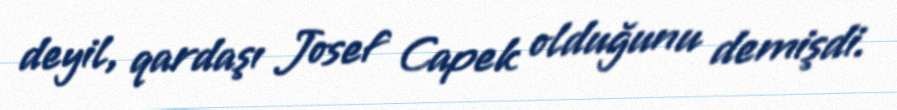
deyil, qardaşı Josef Capek olduğunu demişdi.